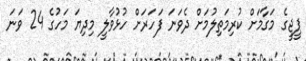
ޕީޖީގެ މަގާމަށް ކުރިމަތިލުމަށް ދެވަނަ ފަހަރަށް ހުޅުވާލީ މިދިޔަ މަހުގެ 24 ވަނަ